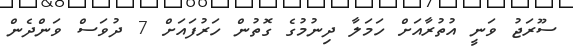
ސޫރަޖު ވަނީ އުތުރާއަށް ހަމަލާ ދިނުމުގެ ގޮތުން ހަރުފައަށް 7 ދުވަސް ވަންދެން